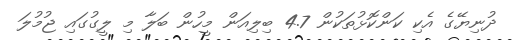
ދުނިޔޭގެ އެކި ކަންކޮޅުތަކުން 4.7 ބިލިއަން މީހުން ބަލާ މި ލީގުގައި ޖުމުލަ